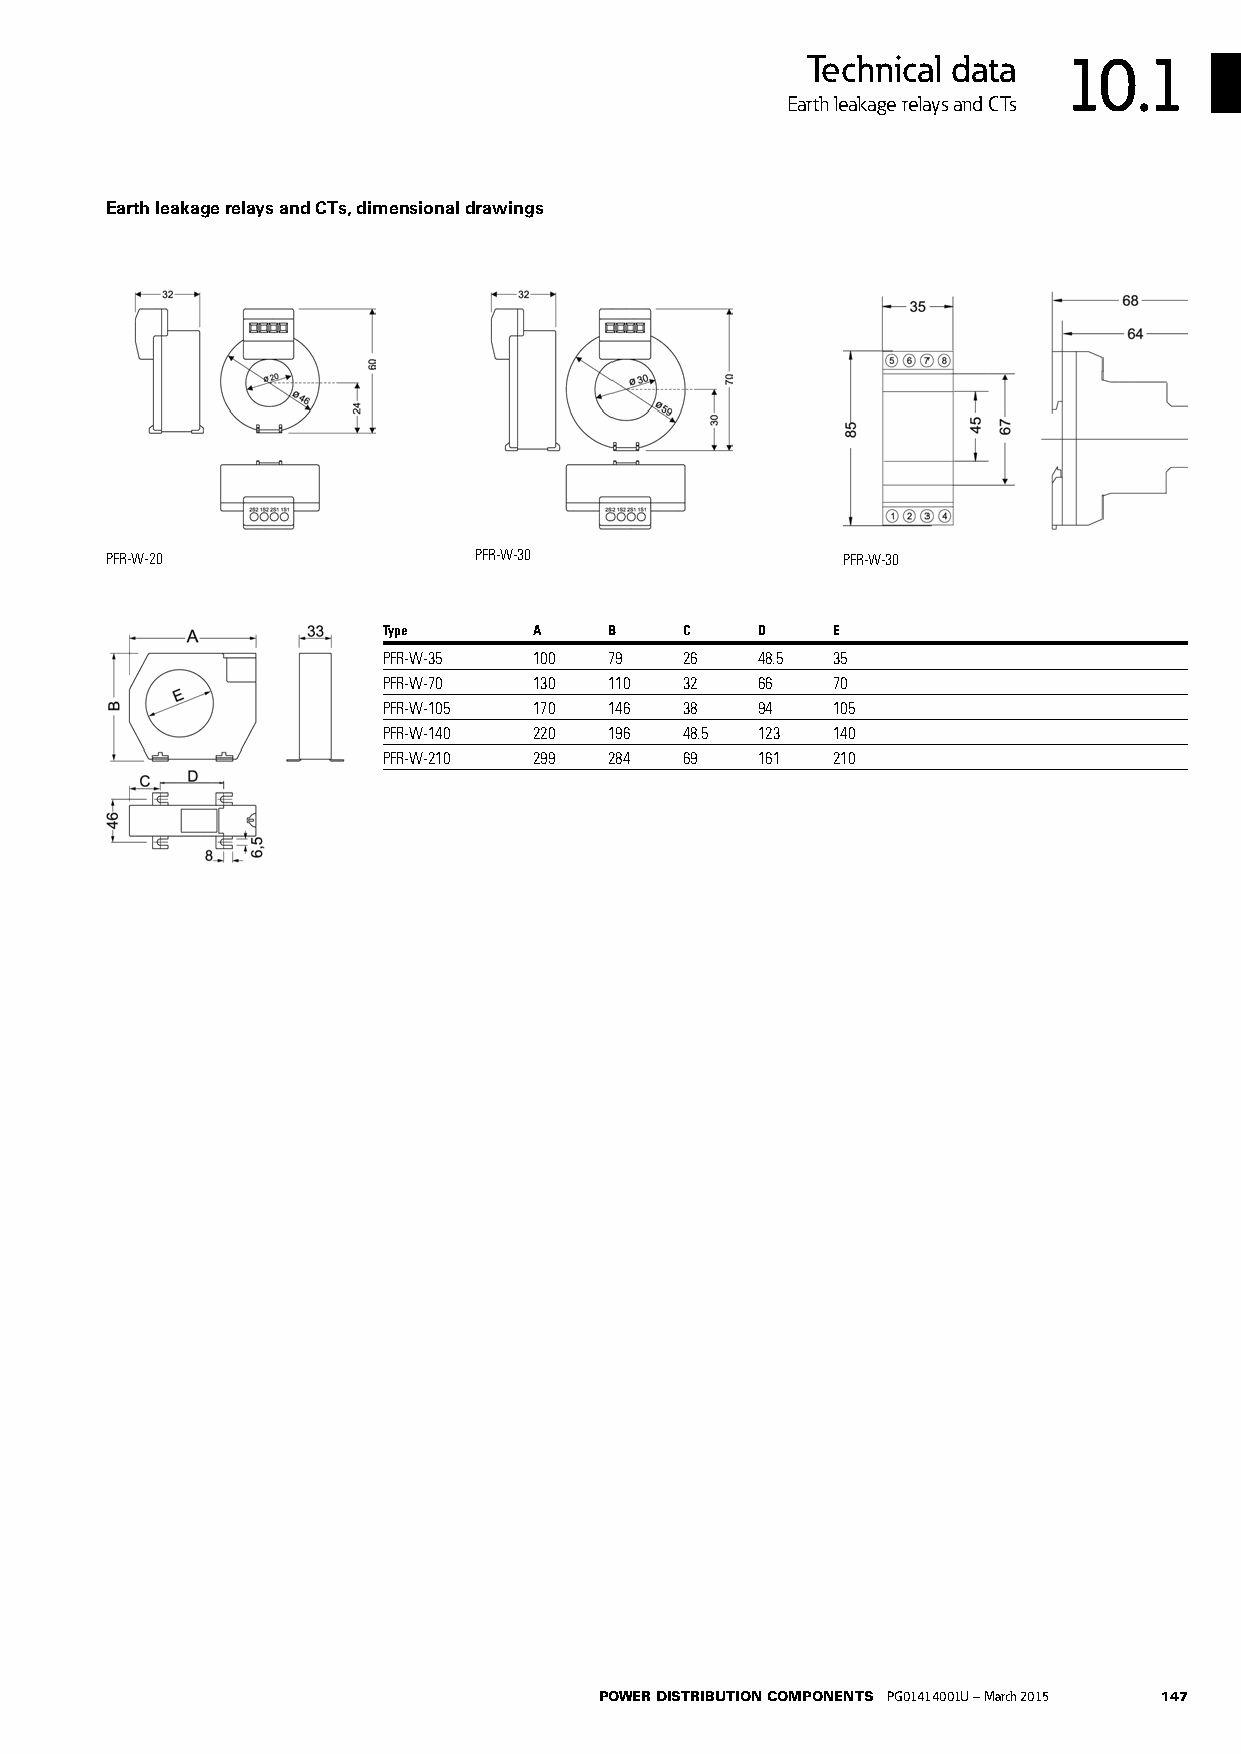
Technical data   10.1
 Earth leakage relays and CTs
 Earth leakage relays and CTs, dimensional drawings
 PFR-W-20                PFR-W-30                 PFR-W-30
 Type      A    B    C    D    E
 PFR-W-35  100  79   26   48.5 35
 PFR-W-70  130  110  32   66   70
 PFR-W-105 170  146  38   94   105
 PFR-W-140 220  196  48.5 123  140
 PFR-W-210 299  284  69   161  210
 POWER DISTRIBUTION COMPONENTS PG01414001U – March 2015 147